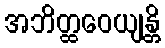
အဘိတ္ထဝေယျန္တိ